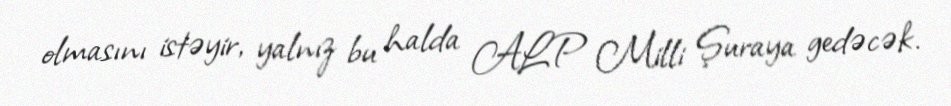
olmasını istəyir, yalnız bu halda ALP Milli Şuraya gedəcək.